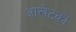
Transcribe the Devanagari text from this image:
आखेटकों